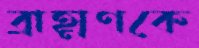
ব্রাহ্মণকে